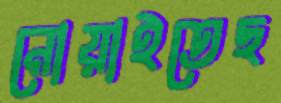
নোয়াইতেছ